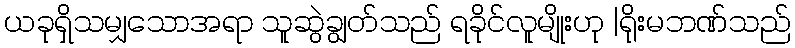
ယခုရှိသမျှသောအရာ သူဆွဲချွတ်သည် ရခိုင်လူမျိုးဟု |ရိုးမဘဏ်သည်